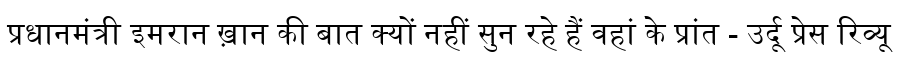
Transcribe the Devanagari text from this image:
प्रधानमंत्री इमरान ख़ान की बात क्यों नहीं सुन रहे हैं वहां के प्रांत - उर्दू प्रेस रिव्यू